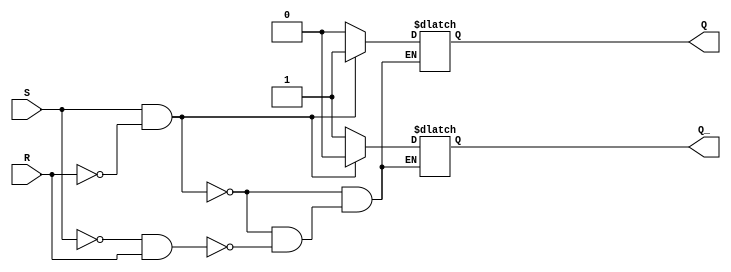
module sr_flipflop(
    input S,
    input R,
    output reg Q,
    output reg Q_
);

always @ (S, R)
begin
    if (S && !R) begin
        Q = 1;
        Q_ = 0;
    end
    else if (!S && R) begin
        Q = 0;
        Q_ = 1;
    end
end

endmodule